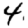
Digit: 4